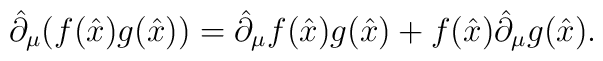
\hat{\partial}_\mu(f(\hat{x})g(\hat{x}))=\hat{\partial}_\mu f(\hat{x}) g(\hat{x})+f(\hat{x})\hat{\partial}_\mu g(\hat{x}).